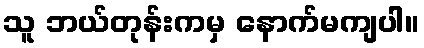
သူ ဘယ်တုန်းကမှ နောက်မကျပါ။